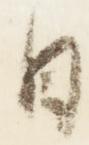
日